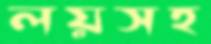
লয়সহ